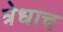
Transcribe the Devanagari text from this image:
त्रेधाच